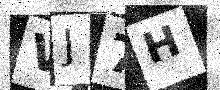
Text: VJ7H